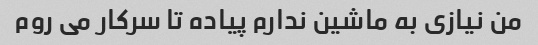
من نیازی به ماشین ندارم پیاده تا سرکار می روم